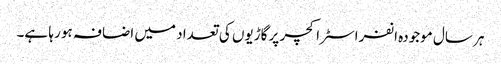
ہر سال موجودہ انفراسٹراکچر پر گاڑیوں کی تعداد میں اضافہ ہو رہا ہے۔